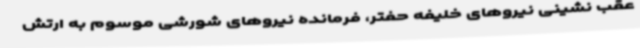
عقب نشینی نیروهای خلیفه حفتر، فرمانده نیروهای شورشی موسوم به ارتش